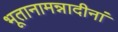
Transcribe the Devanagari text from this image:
भूतानामन्नादीनां